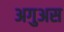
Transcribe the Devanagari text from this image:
अगुअस